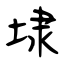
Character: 埭